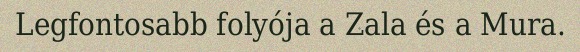
Legfontosabb folyója a Zala és a Mura.